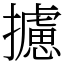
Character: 攄